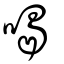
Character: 喝